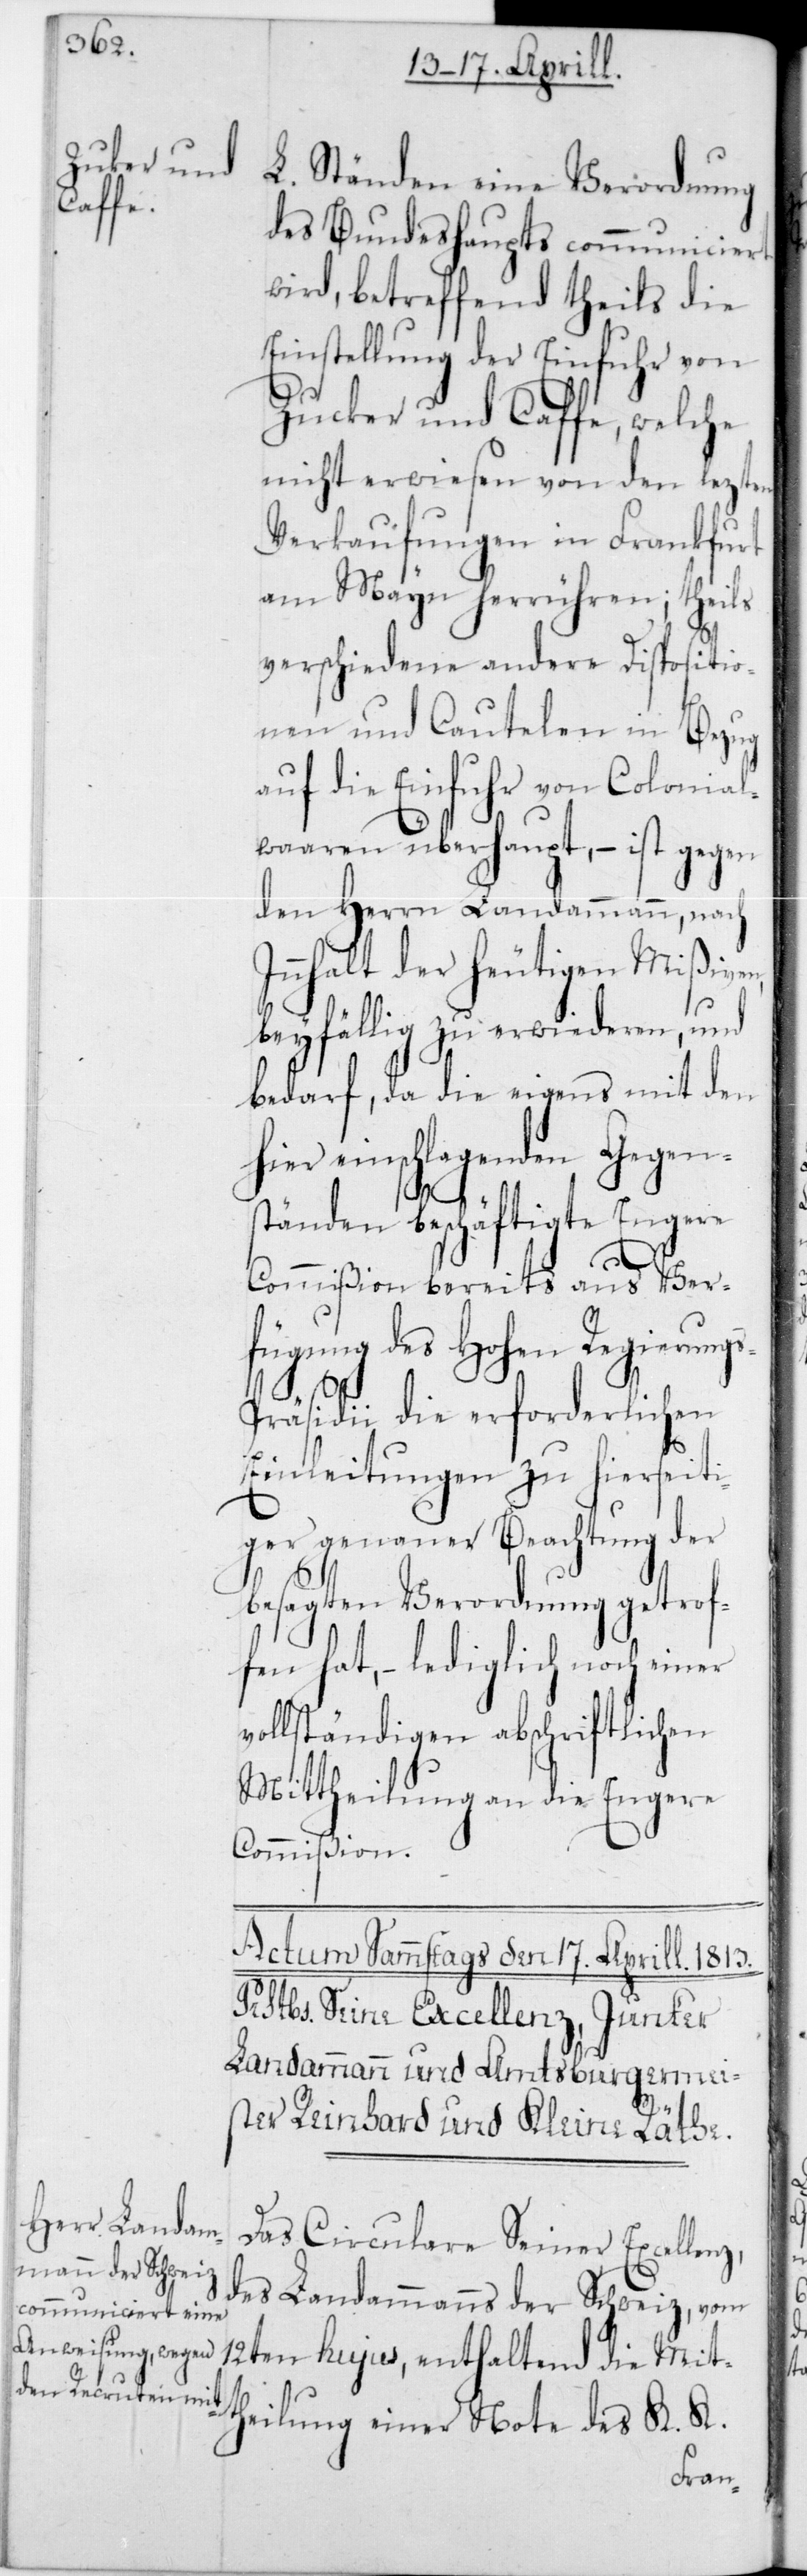
L. Ständen eine Verordnung
des Bundeshaupts communiciert
wird, betreffend theils die
Einstellung der Einfuhr von
Zucker und Caffe, welche
nicht erwiesen von den lezten
Verkaufungen in Frankfurt
am Mayn herrühren; theils
verschiedene andere Dispositio¬
nen und Cautelen in Bezug
auf die Einfuhr von Colonial¬
waaren überhaupt, – ist gegen
den Herrn Landammann, nach
Innhalt der heutigen Mißiven,
beyfällig zu erwiederen, und
bedarf, da die eigens mit den
hier einschlagenden Gegen¬
s-P¬
ständen beschäftigte Engere
Commißion bereits aus Ver¬
fügung des Hohen Regierung¬
räsidii die erforderlichen
Einleitungen zu hierseiti¬
ger Beachtung der
besagten Verordnung getrof¬
fen hat, – lediglich noch einer
vollständigen abschriftlichen
Mittheilung an die Engere
Commißion.
Das Circulare Seiner Excellenz,
des Landammanns der Schweiz, vom
12ten hujus, enthaltend die Mitt¬
heilung einer Note des K. K.